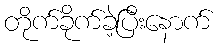
တိုက်ခိုက်ခဲ့ပြီးနောက်